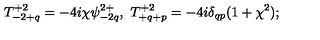
T _ { - 2 + q } ^ { + 2 } = - 4 i \chi \psi _ { - 2 q } ^ { 2 + } , \ T _ { + q + p } ^ { + 2 } = - 4 i \delta _ { q p } ( 1 + \chi ^ { 2 } ) ;